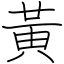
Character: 黃